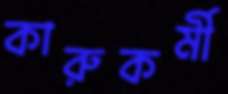
কারুকর্মী